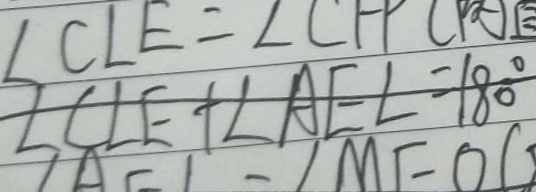
\angle C L E + \angle A E L = 1 8 0 ^ { \circ }